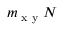
m _ { \textrm { x y } } N